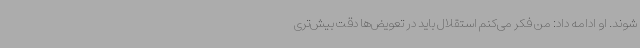
شوند. او ادامه داد: من فکر می‌کنم استقلال باید در تعویض‌ها دقت بیش‌تری